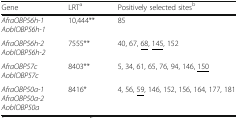
<table><thead><tr><td><b>Gene</b></td><td><b>LRT<sup>a</sup></b></td><td><b>Positively selected sites<sup>b</sup></b></td></tr></thead><tbody><tr><td><i>AfraOBP56h-1</i><i>AoblOBP56h-1</i></td><td>10,444**</td><td>85</td></tr><tr><td><i>AfraOBP56h-2</i><i>AoblOBP56h-2</i></td><td>7555**</td><td>40, 67, <underline>68</underline>, <underline>145</underline>, 152</td></tr><tr><td><i>AfraOBP57c</i><i>AoblOBP57c</i></td><td>8403**</td><td>5, 34, 61, 65, 76, 94, 146, <underline>150</underline></td></tr><tr><td><i>AfraOBP50a-1</i><i>AfraOBP50a-2</i><i>AoblOBP50a</i></td><td>8416*</td><td>4, 56, <underline>59</underline>, 146, 152, 156, 164, 177, 181</td></tr></tbody></table>